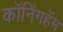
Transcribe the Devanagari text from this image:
कॉनिंगहॅम